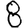
Digit: 8